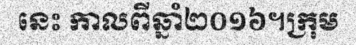
នេះ កាលពីឆ្នាំ២០១៦។ក្រុម